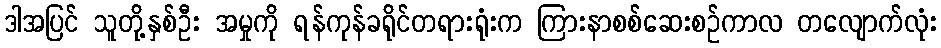
ဒါအပြင် သူတို့နှစ်ဦး အမှုကို ရန်ကုန်ခရိုင်တရားရုံးက ကြားနာစစ်ဆေးစဉ်ကာလ တလျောက်လုံး